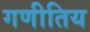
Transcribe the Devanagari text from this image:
गणीतिय